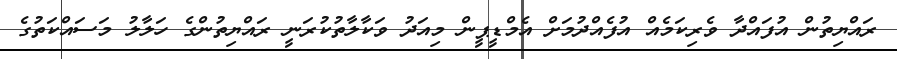
ރައްޔިތުން އުފައްދާ ވެރިކަމެއް އުފެއްދުމަށް އެމްޑީޕީން މިއަދު ވަކާލާތުކުރަނީ ރައްޔިތުންގެ ހަލާލު މަސައްކަތުގެ